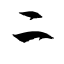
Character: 二